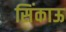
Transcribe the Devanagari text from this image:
सिंकाऊ